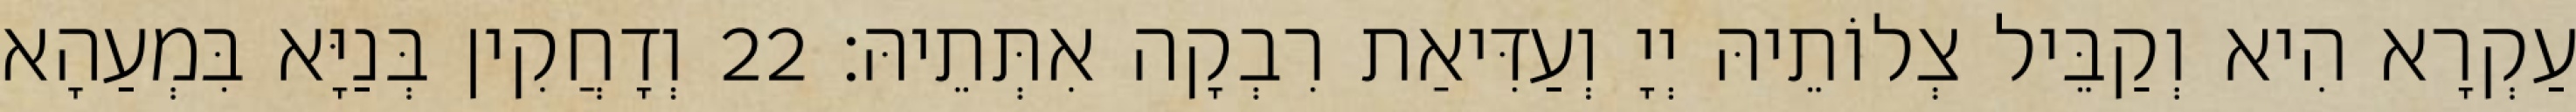
עַקְרָא הִיא וְקַבֵּיל צְלוֹתֵיהּ יְיָ וְעַדִּיאַת רִבְקָה אִתְּתֵיהּ׃ 22 וְדָחֲקִין בְּנַיָּא בִּמְעַהָא